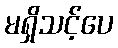
မရှိသင့်ပေ